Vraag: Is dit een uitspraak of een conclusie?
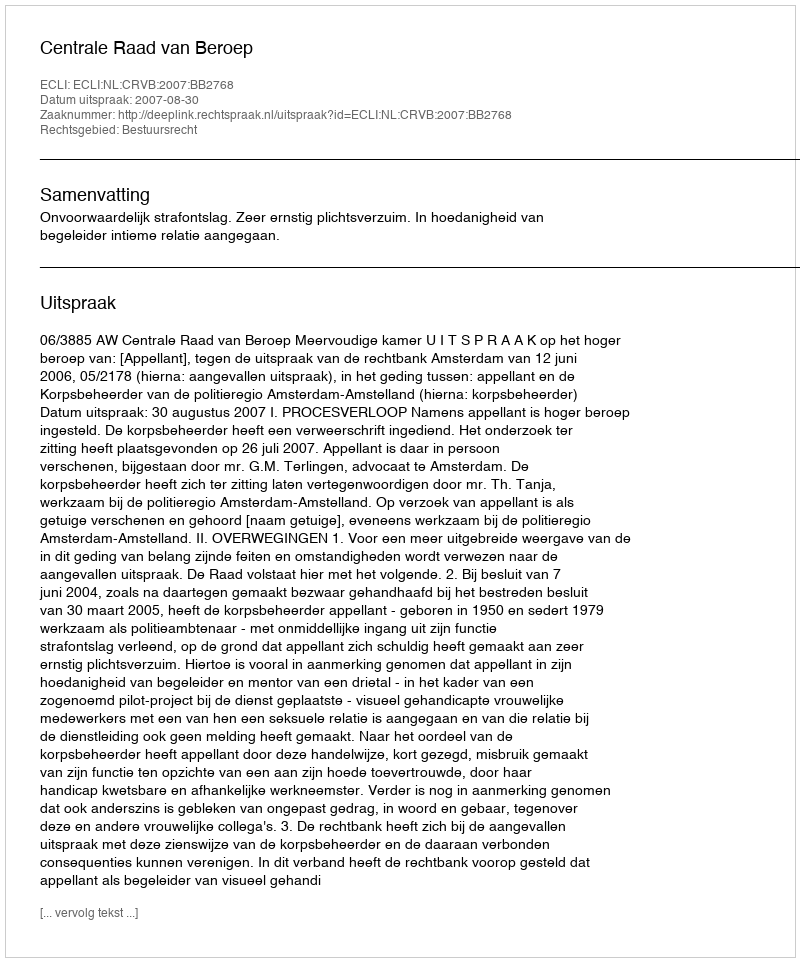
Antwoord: Uitspraak